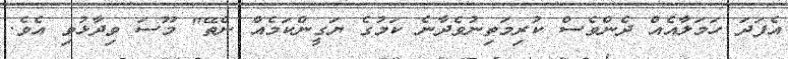
އެފަދަ ހަމަލާއެއް ދެންވެސް ކުރިމަތިނުވެދާނެ ކަމުގެ ޔަގީންކަމެއް ނެތޭ" މޫސަ ވިދާޅުވި އެވެ.